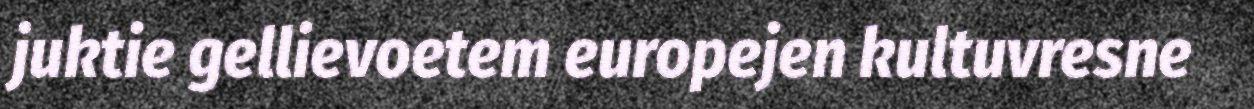
juktie gellievoetem europejen kultuvresne